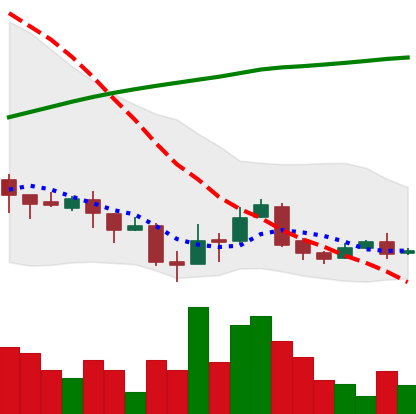
Ticker: XLM-USD
Chart end date: 2018-04-10
Forward return: 45.839%
Label: up_7plus